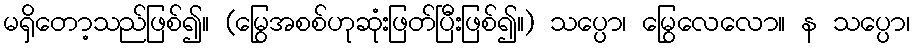
မရှိတော့သည်ဖြစ်၍။ (မြွေအစစ်ဟုဆုံးဖြတ်ပြီးဖြစ်၍။) သပ္ပော၊ မြွေလေလော။ န သပ္ပော၊